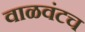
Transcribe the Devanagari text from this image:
वाळवंटच